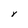
Character: Y